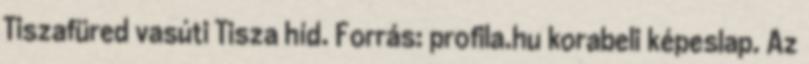
Tiszafüred vasúti Tisza híd. Forrás: profila.hu korabeli képeslap. Az